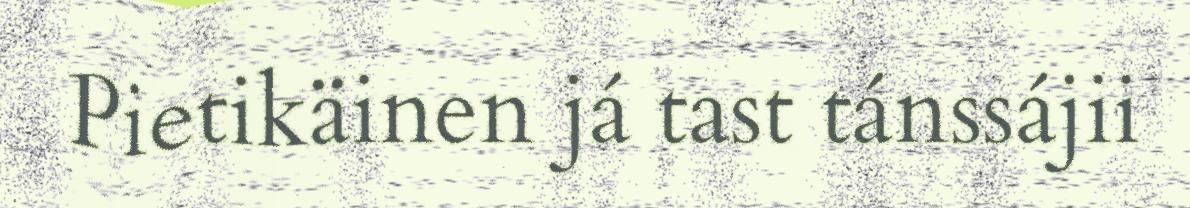
Pietikäinen já tast tánssájii